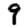
Digit: 9